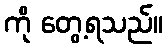
ကို တွေ့ရသည်။